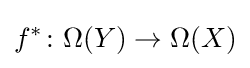
f^{*}\colon \Omega (Y)\to \Omega (X)